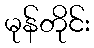
မုန်တိုင်း